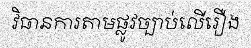
វិធានការតាមផ្លូវច្បាប់លើរឿង